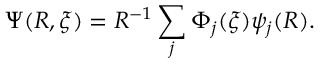
\Psi ( R , \xi ) = R ^ { - 1 } \sum _ { j } \Phi _ { j } ( \xi ) \psi _ { j } ( R ) .